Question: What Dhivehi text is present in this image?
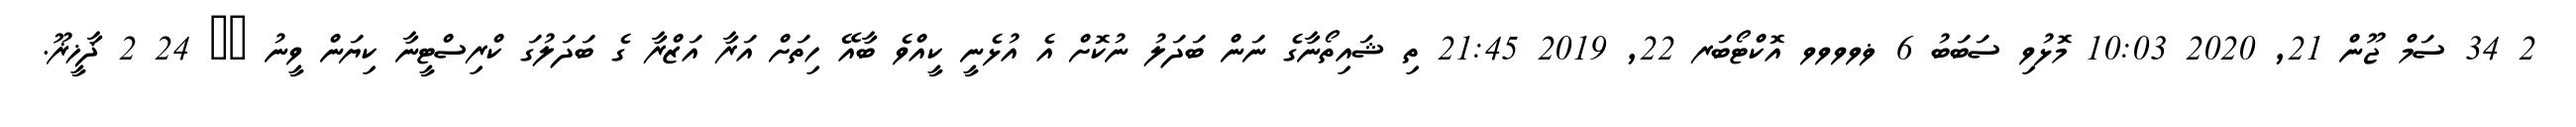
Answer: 2 34 ސަމް ޖޫން 21, 2020 10:03 މޮޅުވި ސަބަބު 6 ޥވވވވ އޮކްޓޯބަރ 22, 2019 21:45 ތި ޝައިތޯނާގެ ނަން ބަދަލު ނުކޮށް އެ އުޅެނީ ކީއްވެ ބާއޭ ހިތަށް އަރާ އަޒްރާ ގެ ބަދަލުގަ ކްރިސްޓީނާ ކިޔަން ވީނު ?? 24 2 ޛާޚީޜޫ.